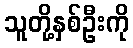
သူတို့နှစ်ဦးကို